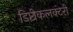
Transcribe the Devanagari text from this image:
डिप्टीकलक्टरी